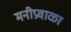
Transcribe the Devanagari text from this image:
मनीप्रवाळा